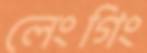
লেংগিং